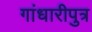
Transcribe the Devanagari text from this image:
गांधारीपुत्र